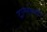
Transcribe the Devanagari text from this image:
ट्रान्सफरची